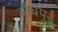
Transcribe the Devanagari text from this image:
बाबपुर